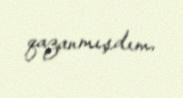
qazanmışdım.